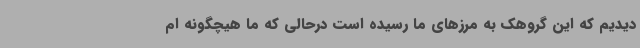
دیدیم که این گروهک به مرزهای ما رسیده است درحالی که ما هیچگونه ام